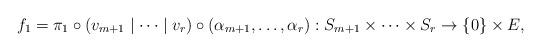
LaTeX: \begin{align*} f_1=\pi_1 \circ \left(v_{m+1}\mid \dots \mid v_r \right) \circ \left(\alpha_{m+1}, \dots, \alpha_r \right) : S_{m+1}\times \dots \times S_{r}\to \left\{0\right\} \times E,\end{align*}